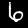
Digit: 6